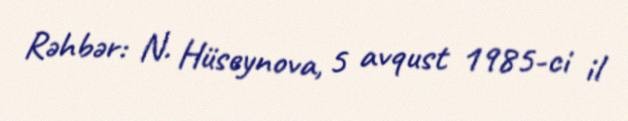
Rəhbər: N. Hüseynova, 5 avqust 1985-ci il